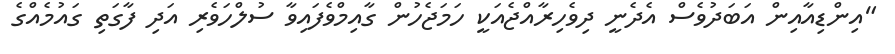
"އިންޑިއާއިން އަބަދުވެސް އެދެނީ ދިވެހިރާއްޖެއަކީ ހަމަޖެހުން ގާއިމްވެފައިވާ ސުލްހަވެރި އަދި ފާގަތި ގައުމެއްގެ